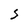
Character: S